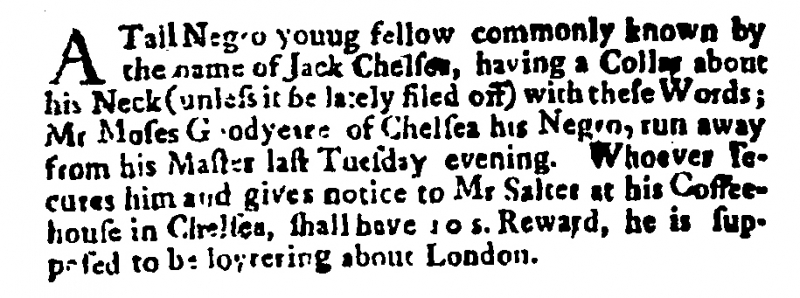
Post Man and the Historical Account, 24 June 1704 (England)
A Tall Negro young fellow commonly known by the name of Jack Chelsea, having a Collar about his Neck (unless it be lately filed off) with these Words; Mr Moses Goodyeare of Chelsea his Negro, run away from his Master last Tuesday evening. Whoever secures him and gives notice to Mr Salter at his Coffee-house in Chelsea, shall have 10 s. Reward, he is supposed to be loytering about London.